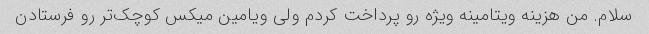
سلام. من هزینه ویتامینه ویژه رو پرداخت کردم ولی ویامین میکس کوچک‌تر رو فرستادن